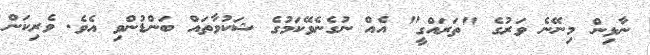
ނާޅިން މިނޭނެ ވަރުގެ "ތަރައްގީ" އެއް ނުގެނެވޭކަމުގެ ޝަކުވާތައް ބަންޑުންވި އެވެ. ވެރިކަން